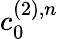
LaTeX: c_{0}^{(2),n}